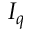
I _ { q }